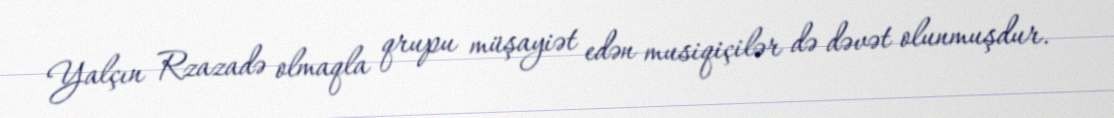
Yalçın Rzazadə olmaqla qrupu müşayiət edən musiqiçilər də dəvət olunmuşdur.